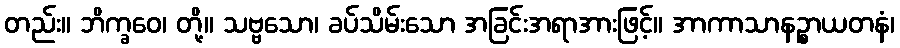
တည်း။ ဘိက္ခဝေ၊ တို့။ သဗ္ဗသော၊ ခပ်သိမ်းသော အခြင်းအရာအားဖြင့်။ အာကာသာနဉ္စာယတနံ၊